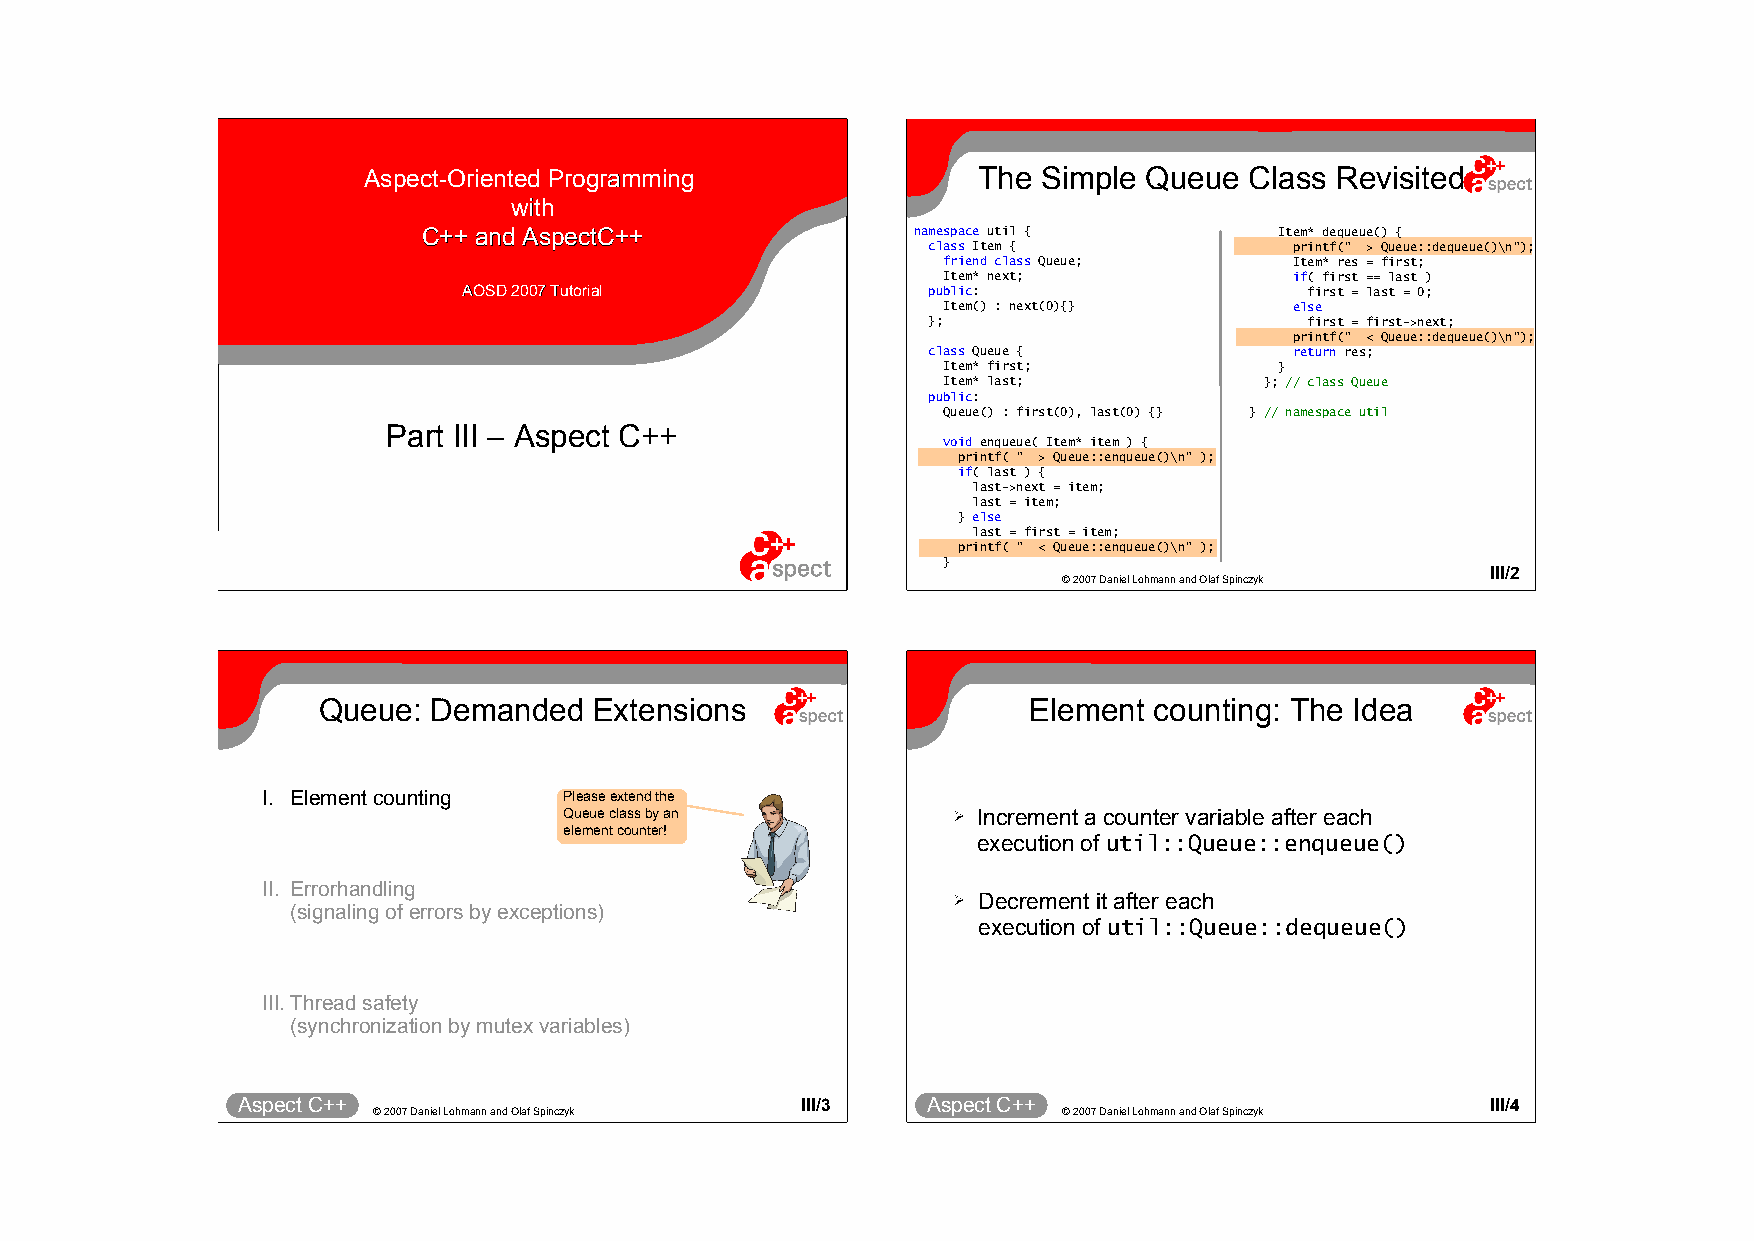
AAssppeecctt--OOrriieenntteedd PPrrooggrraammmmiinngg The Simple Queue Class Revisited
 wwiitthh
 CC++++ aanndd AAssppeeccttCC++++ namespace util {        Item* dequeue() {
 class Item {             printf(" > Queue::dequeue()\n");
 friend class Queue;     Item* res = first;
 Item* next;             if( first == last )
 AAOOSSDD 22000077 TTuuttoorriiaall public:              first = last = 0;
 Item() : next(0){}      else
 };                        first = first->next;
 printf(" < Queue::dequeue()\n");
 class Queue {            return res;
 Item* first;           }
 Item* last;           }; // class Queue
 public:
 Queue() : first(0), last(0) {} } // namespace util
 Part III – Aspect C++
 void enqueue( Item* item ) {
 printf( " > Queue::enqueue()\n" );
 if( last ) {
 last->next = item;
 last = item;
 } else
 last = first = item;
 printf( " < Queue::enqueue()\n" );
 }
 Aspect C++
 © 2007 Daniel Lohmann and Olaf Spinczyk
 III/1   A spect C++
 © 2007 Daniel Lohmann and Olaf Spinczyk
 III/2
 Queue: Demanded   Extensions                   Element counting: The Idea
 I. Element counting Please extend the
 Queue class by an         ➢ Increment a counter variable after each
 element counter!
 execution of util::Queue::enqueue()
 II. Errorhandling
 ➢ Decrement it after each
 (signaling of errors by exceptions)
 execution of util::Queue::dequeue()
 III.Thread safety
 (synchronization by mutex variables)
 Aspect C++                           III/3   Aspect C++                            III/4
 © 2007 Daniel Lohmann and Olaf Spinczyk      © 2007 Daniel Lohmann and Olaf Spinczyk